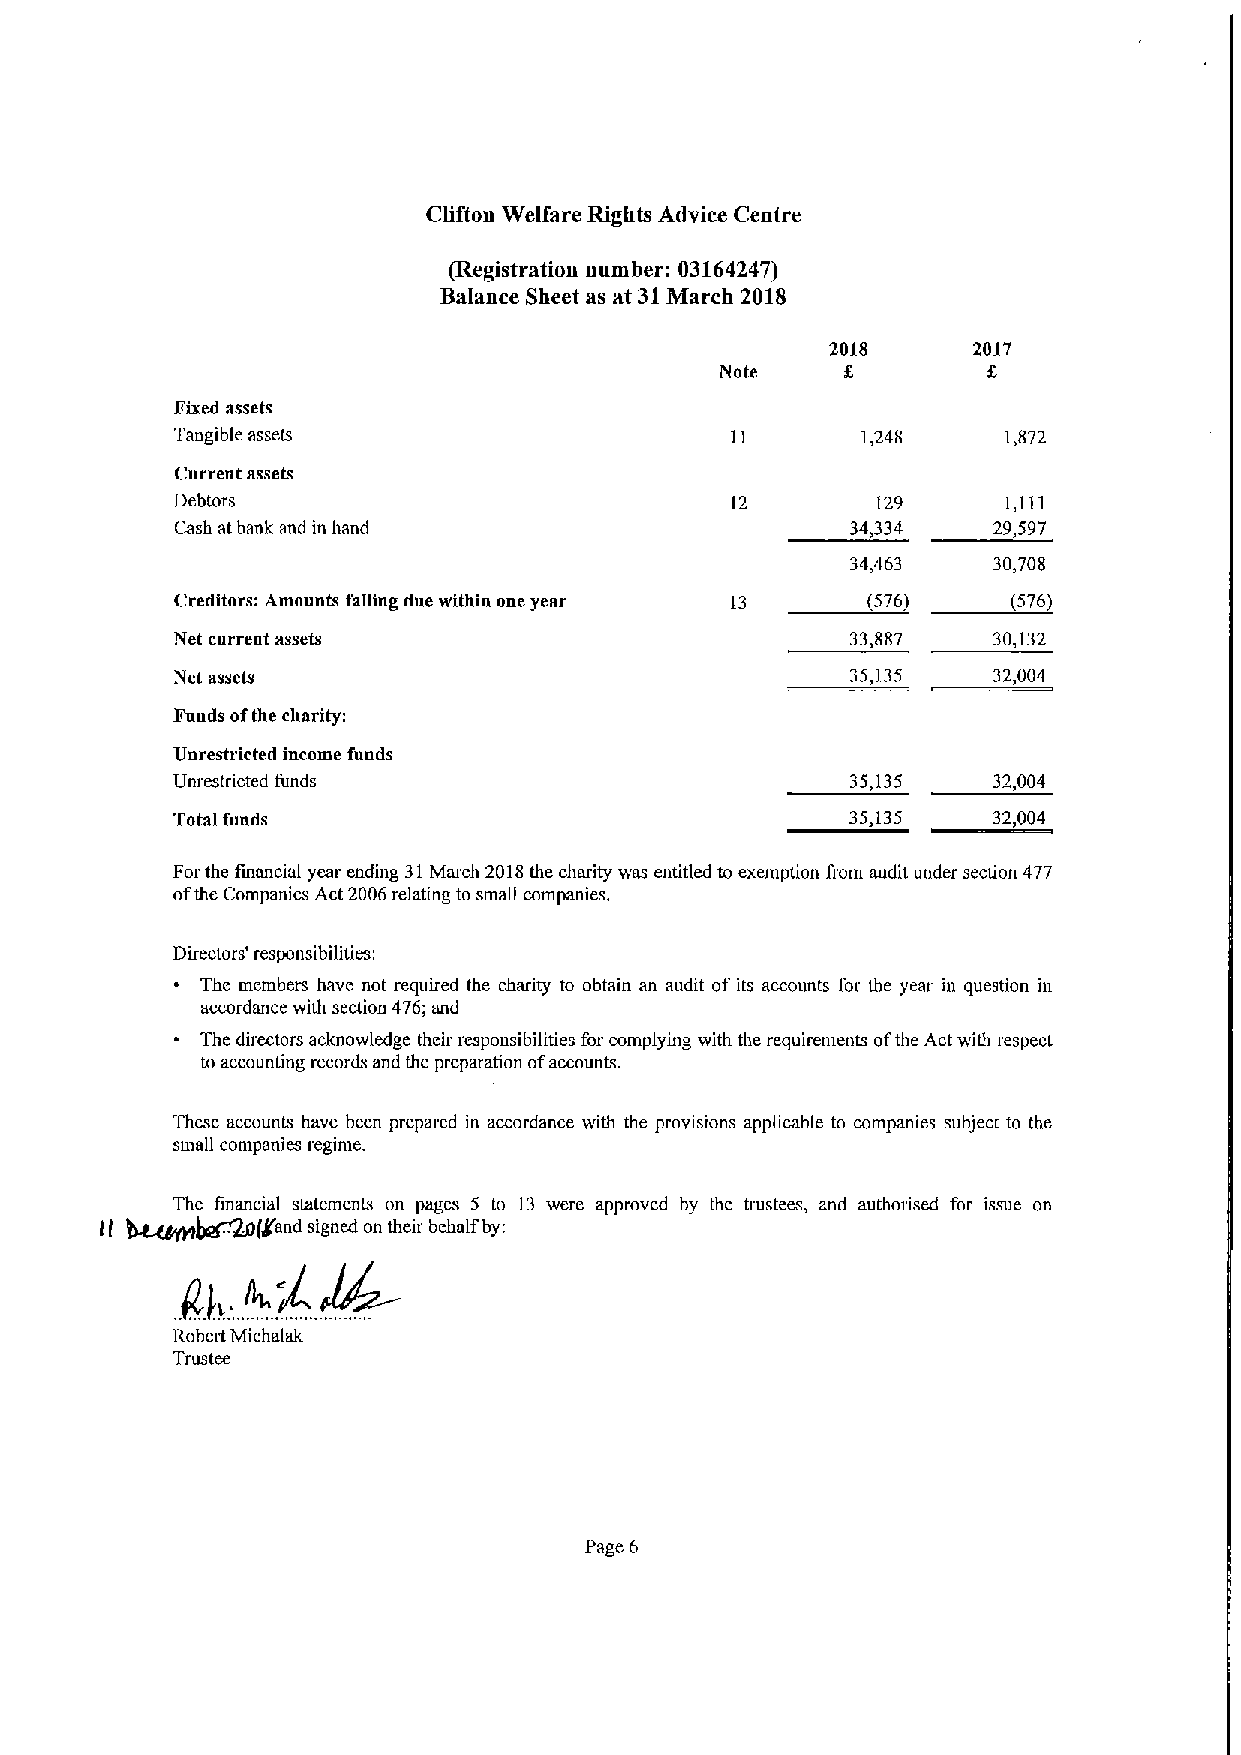
Clifton Welfare Rights Advice Centre
 (Registration number: 03164247)
 Balance Sheet as at 31March 2018
 2018     2017
 Note             E
 Fixed assets
 Tangible assets                              1,248     1,872
 Current assets
 Debtors                             12        129     1,111
 Cash atbank and in hand                     34,334    29,597
 34,463    30,708
 Creditors: Amounts falling due within one year 13 (576) (576)
 Net current assets                          33,887    30,132
 Net assets                                  35,135    32,004
 Funds ofthe chariiy:
 Unrestricted income funds
 Unrestricted funds                           35,135    32,004
 Total funds                                  35,135    32,004
 Forthe financial year ending 31March 2018the charity was entitled to exemption from audit under section 477
 ofthe Companies Act 2006relating to small companies.
 Directors' responsibilities.
 Thc members have not required the charity to obtain an audit of its accounts 1'or Ihe year in question in
 accordance with section 476;and
 The directors acknowledge their responsibilities for complying with the requirements ofthe Act with respect
 to accounting records and the preparation ofaccounts.
 These accounts have been prepared in accordance with the provisions applicable to companies subject to the
 small companies regime.
 The financial statements on pages 5 to 13 were approved by the trustees, and authorised for issue on
 hg44719~(pand signed on their behalf by:
 1l
 Robert Michalak
 Tl'ustee
 Page 6